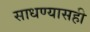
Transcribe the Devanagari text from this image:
साधण्यासही